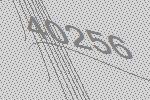
40256